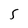
Character: 5